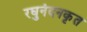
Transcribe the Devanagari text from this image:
रघुनंदनकृत